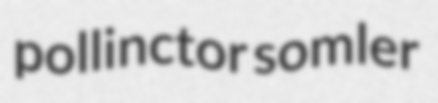
pollinctor somler